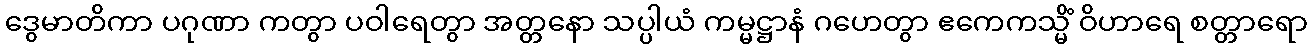
ဒွေမာတိကာ ပဂုဏာ ကတွာ ပဝါရေတွာ အတ္တနော သပ္ပါယံ ကမ္မဋ္ဌာနံ ဂဟေတွာ ဧကေကသ္မိံ ဝိဟာရေ စတ္တာရော